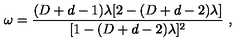
\omega = { \frac { ( D + d - 1 ) \lambda [ 2 - ( D + d - 2 ) \lambda ] } { [ 1 - ( D + d - 2 ) \lambda ] ^ { 2 } } } \ ,